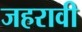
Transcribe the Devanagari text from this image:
जहरावी